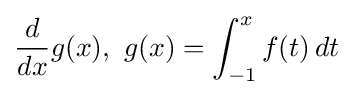
{\frac {d}{dx}}g(x),\ g(x)=\int _{-1}^{x}f(t)\,dt